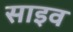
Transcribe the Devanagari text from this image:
साइव